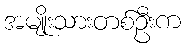
အမျိုးသားတစ်ဦးက